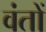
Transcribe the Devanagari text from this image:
वंतों